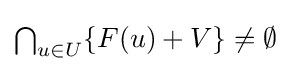
{\textstyle \bigcap _{u\in U}\{F(u)+V\}\neq \emptyset }